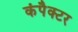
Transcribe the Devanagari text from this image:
कंपैक्टर